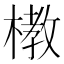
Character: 𪳞